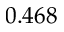
0 . 4 6 8